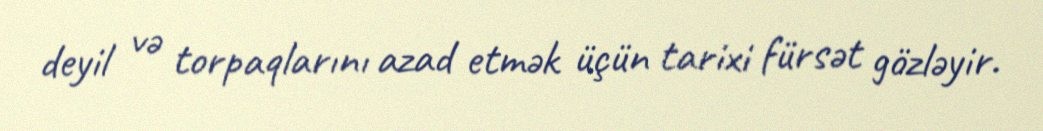
deyil və torpaqlarını azad etmək üçün tarixi fürsət gözləyir.